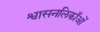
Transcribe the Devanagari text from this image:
श्वासनलिकाँओं